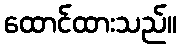
ထောင်ထားသည်။